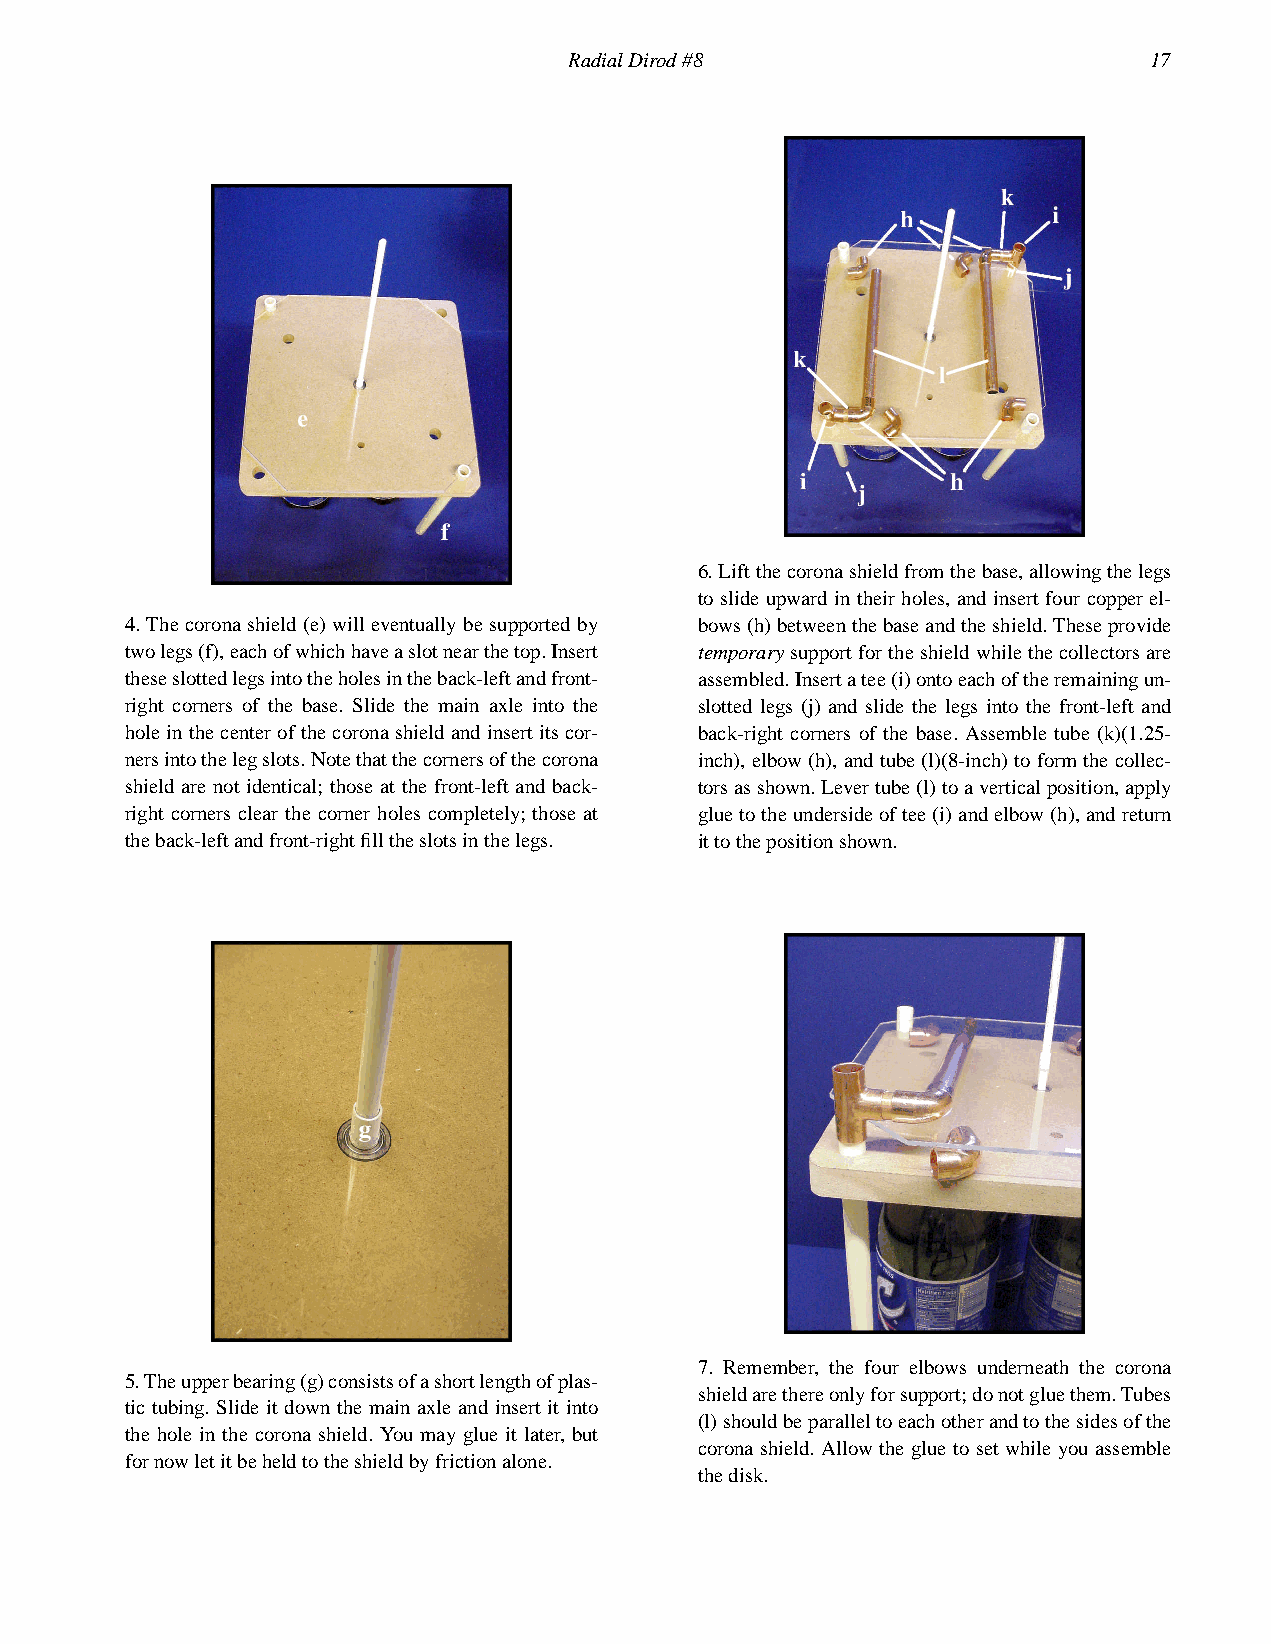
RadialDirod#8                         17
 6.Liftthecoronashieldfromthebase,allowingthelegs
 to slide upward in their holes, and insert four copper el-
 4.Thecoronashield(e)willeventuallybesupportedby bows(h)betweenthebaseandtheshield.Theseprovide
 twolegs(f),eachofwhichhaveaslotnearthetop.Insert temporarysupportfortheshieldwhilethecollectorsare
 theseslottedlegsintotheholesintheback-leftandfront- assembled.Insertatee(i)ontoeachoftheremainingun-
 right corners of the base. Slide the main axle into the slotted legs (j) and slide the legs into the front-left and
 holeinthecenterofthecoronashieldandinsertitscor- back-right corners of the base. Assemble tube (k)(1.25-
 nersintothelegslots.Notethatthecornersofthecorona inch),elbow(h),andtube(l)(8-inch)toformthecollec-
 shield are not identical; those at the front-left and back- torsasshown.Levertube(l)toaverticalposition,apply
 right corners clear the corner holes completely; those at gluetotheundersideoftee(i)andelbow(h),andreturn
 theback-leftandfront-rightfilltheslotsinthelegs. ittothepositionshown.
 7. Remember, the four elbows underneath the corona
 5.Theupperbearing(g)consistsofashortlengthofplas-
 shieldarethereonlyforsupport;donotgluethem.Tubes
 tic tubing. Slide it down the main axle and insert it into
 (l)shouldbeparalleltoeachotherandtothesidesofthe
 the hole in the corona shield. You may glue it later, but
 corona shield. Allow the glue to set while you assemble
 fornowletitbeheldtotheshieldbyfrictionalone.
 thedisk.